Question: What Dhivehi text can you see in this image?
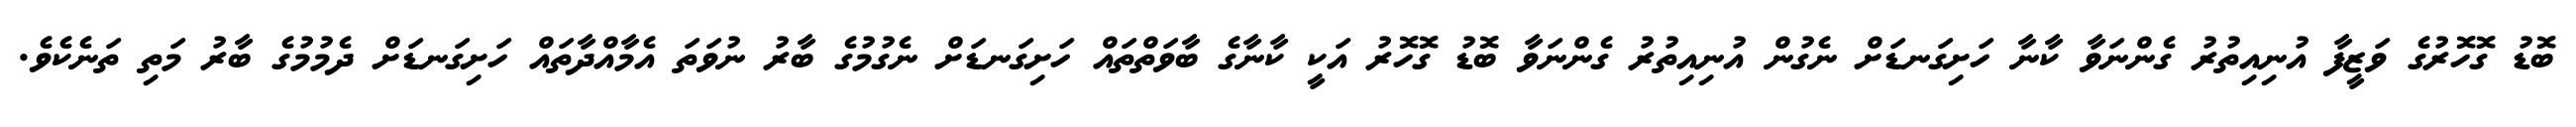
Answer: ބޮޑު ގޮހޮރުގެ ވަޒީފާ އުނިއިތުރު ގެންނަވާ ކާނާ ހަށިގަނޑަށް ނެގުން އުނިއިތުރު ގެންނަވާ ބޮޑު ގޮހޮރު އަކީ ކާނާގެ ބާވަތްތައް ހަށިގަނޑަށް ނެގުމުގެ ބާރު ނުވަތަ އެމާއްދާތައް ހަށިގަނޑަށް ދެމުމުގެ ބާރު މަތި ތަނެކެވެ.